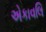
એકાવલિ